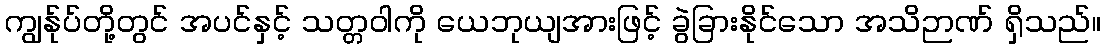
ကျွန်ုပ်တို့တွင် အပင်နှင့် သတ္တဝါကို ယေဘုယျအားဖြင့် ခွဲခြားနိုင်သော အသိဉာဏ် ရှိသည်။